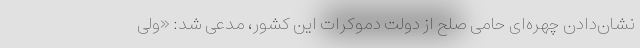
نشان‌دادن چهره‌ای حامی صلح از دولت دموکرات این کشور، مدعی شد: «ولی